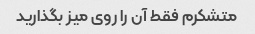
متشکرم فقط آن را روی میز بگذارید